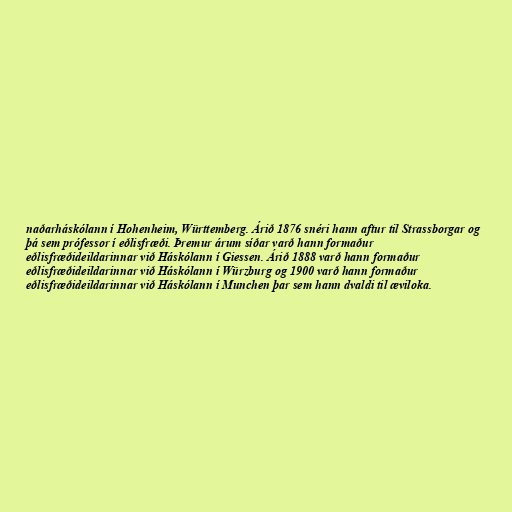
naðarháskólann í Hohenheim, Württemberg. Árið 1876 snéri hann aftur til Strassborgar og
þá sem prófessor í eðlisfræði. Þremur árum síðar varð hann formaður
eðlisfræðideildarinnar við Háskólann í Giessen. Árið 1888 varð hann formaður
eðlisfræðideildarinnar við Háskólann í Würzburg og 1900 varð hann formaður
eðlisfræðideildarinnar við Háskólann í Munchen þar sem hann dvaldi til æviloka.